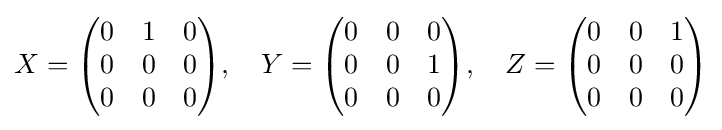
X={\begin{pmatrix}0&1&0\\0&0&0\\0&0&0\end{pmatrix}},\quad Y={\begin{pmatrix}0&0&0\\0&0&1\\0&0&0\end{pmatrix}},\quad Z={\begin{pmatrix}0&0&1\\0&0&0\\0&0&0\end{pmatrix}}